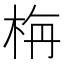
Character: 栴